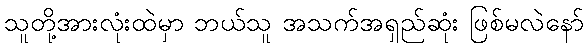
သူတို့အားလုံးထဲမှာ ဘယ်သူ အသက်အရှည်ဆုံး ဖြစ်မလဲနော်